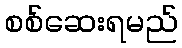
စစ်ဆေးရမည်